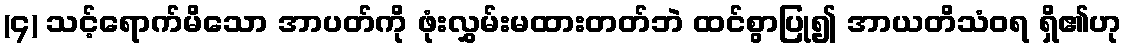
(၄) သင့်ရောက်မိသော အာပတ်ကို ဖုံးလွှမ်းမထားတတ်ဘဲ ထင်စွာပြု၍ အာယတိသံဝရ ရှိ၏ဟု